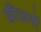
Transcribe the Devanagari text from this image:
फ्रीज़नों